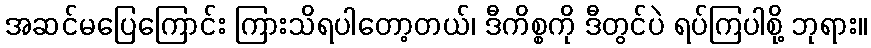
အဆင်မပြေကြောင်း ကြားသိရပါတော့တယ်၊ ဒီကိစ္စကို ဒီတွင်ပဲ ရပ်ကြပါစို့ ဘုရား။